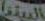
السنيا